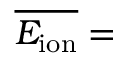
\overline { { E _ { \mathrm { i o n } } } } =